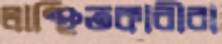
লাঞ্ছিতকারীরা